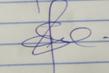
Signature authenticity: genuine